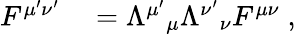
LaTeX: \begin{array}{rl}{F^{\mu^{\prime}\nu^{\prime}}}&{{}=\Lambda^{\mu^{\prime}}{}_{\mu}\Lambda^{\nu^{\prime}}{}_{\nu}F^{\mu\nu}\; ,}\end{array}